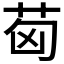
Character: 𦭪